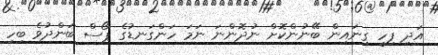
އަދި ފިހި ގިނައިން ބޭނުންކޮށް ނުދޮންނަ ނަމަ ހަންގަނޑުގެ ޕޯސް ބަންދުވެ ބިހި